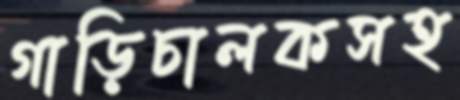
গাড়িচালকসহ